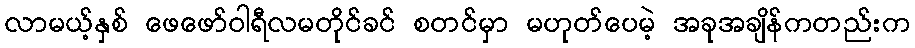
လာမယ့်နှစ် ဖေဖော်ဝါရီလမတိုင်ခင် စတင်မှာ မဟုတ်ပေမဲ့ အခုအချိန်ကတည်းက